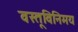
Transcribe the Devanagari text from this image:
वस्तूविनिमय